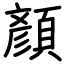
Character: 顏